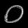
Digit: ၀